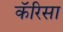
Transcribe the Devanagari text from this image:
कॅरिसा